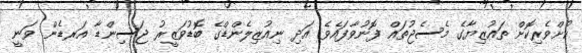
ކުށްވެރިކޮށް ތައުޒިޔާގެ މެސެޖުތައް ފޮނުވާފައެވެ. އަދި ނިއުޒިލެންޑްގެ ބޮޑުވަޒީރު ޖަސިންޑާ އަރޑެން ވަނީ